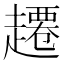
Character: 𫎾